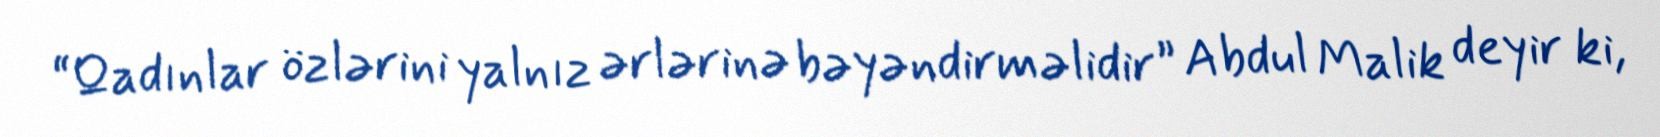
“Qadınlar özlərini yalnız ərlərinə bəyəndirməlidir” Abdul Malik deyir ki,